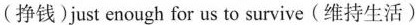
(挣钱)just enough for us to survive(维持生活)